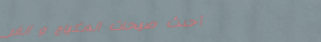
أحدث صيحات المكياج و الفر